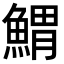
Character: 𩹂